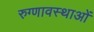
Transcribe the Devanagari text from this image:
रुग्णावस्थाओं